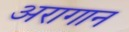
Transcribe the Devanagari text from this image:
अरागान